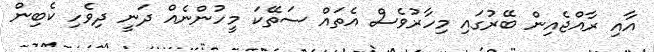
އާއި ރާއްޖެއިން ބޭރުގައި މިހާރުވެސް އެތައް ސަތޭކަ މީހުންނެއް ދަނީ ދިވެހި ކެބިން